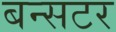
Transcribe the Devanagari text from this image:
बन्सटर